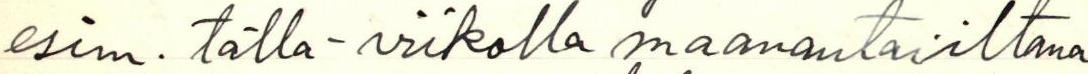
esim. tällä viikolla maanantai iltana